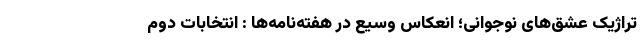
تراژیک عشق‌های نوجوانی؛ انعکاس وسیع در هفته‌نامه‌ها : انتخابات دوم